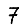
Digit: 7